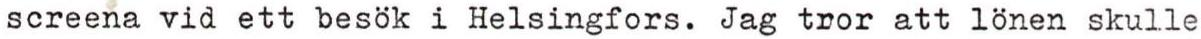
screena vid ett besök i Helsingfors. Jag tror att lönen skulle